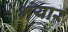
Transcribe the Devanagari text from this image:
भंयार